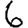
Digit: 6